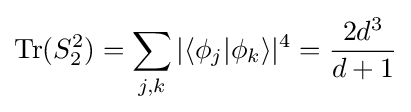
\mathrm {Tr} (S_{2}^{2})=\displaystyle \sum _{j,k}|\langle \phi _{j}|\phi _{k}\rangle |^{4}={\frac {2d^{3}}{d+1}}